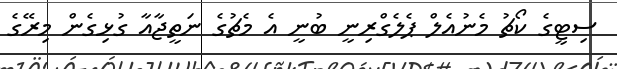
ސިޓީގެ ކޯޗު މެނުއެލް ޕެލެގްރިނީ ބުނީ އެ މެޗުގެ ނަތީޖާއާ ގުޅިގެން މިރޭގެ